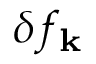
\delta f _ { \mathbf { k } }